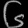
Digit: ၆